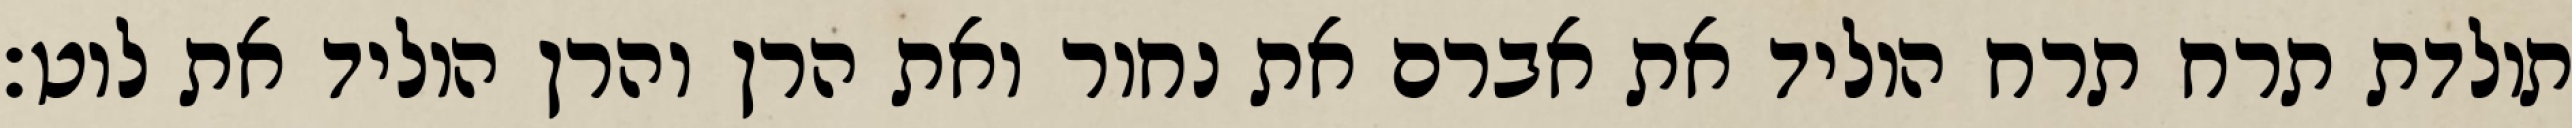
תולדת תרח תרח הוליד את אברם את נחור ואת הרן והרן הוליד את לוט׃